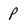
Character: P